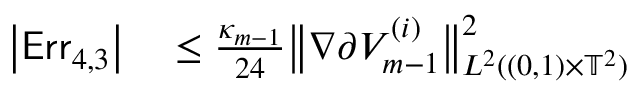
\begin{array} { r l } { \bigl | \mathsf { E r r } _ { 4 , 3 } \bigr | } & { { } \leq \frac { \kappa _ { m - 1 } } { 2 4 } \bigl \| \nabla \partial ^ { \aa } V _ { m - 1 } ^ { ( i ) } \bigr \| _ { L ^ { 2 } ( ( 0 , 1 ) \times \ensuremath { \mathbb { T } } ^ { 2 } ) } ^ { 2 } } \end{array}